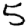
Digit: 5